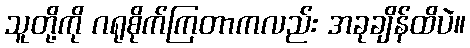
သူတို့ကို ဂရုစိုက်ကြတာကလည်း အခုချိန်ထိပဲ။